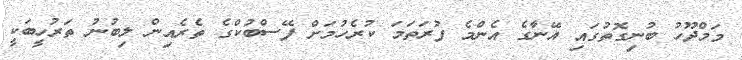
މަމްދޫހު ބުނިގޮތުގައި އޭނާގެ އެންމެ ފުރަތަމަ ކުރެހުމަށް ފޭސްބުކްގެ ތެރެއިން ލިބުނު ތަރުހީބަކީ